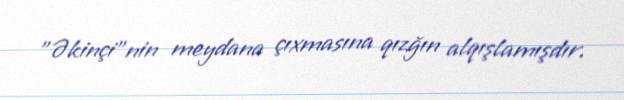
"Əkinçi"nin meydana çıxmasına qızğın alqışlamışdır.